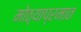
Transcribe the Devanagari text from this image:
मोठ्याप्रमात